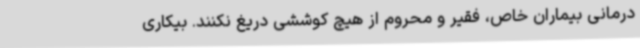
درمانی بیماران خاص، فقیر و محروم از هیچ کوششی دریغ نکنند. بیکاری